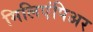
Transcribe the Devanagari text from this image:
मिलिएंपिअर